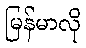
မြန်မာလို